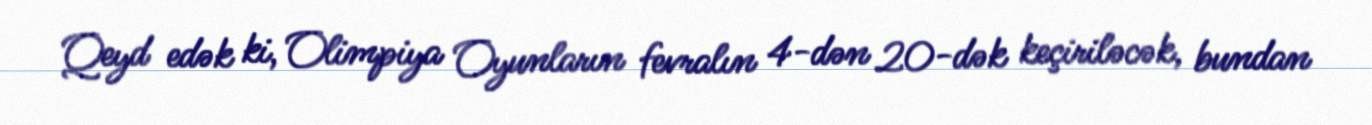
Qeyd edək ki, Olimpiya Oyunların fevralın 4-dən 20-dək keçiriləcək, bundan